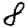
Digit: 8